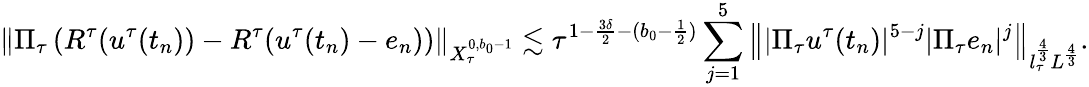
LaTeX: \Vert\Pi_{\tau}\left(R^{\tau}(u^{\tau}(t_{n}))-R^{\tau}(u^{\tau}(t_{n})-e_{n})\right)\Vert_{X_{\tau}^{0,b_{0}-1}}\lesssim\tau^{1-\frac{3\delta}2-(b_{0}-\frac 12)}\sum_{j=1}^{5}\left\| |\Pi_{\tau}u^{\tau}(t_{n})|^{5-j}|\Pi_{\tau}e_{n}|^{j}\right\| _{l_{\tau}^{\frac{4}{3}}L^{\frac{4}{3}}}.